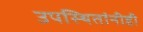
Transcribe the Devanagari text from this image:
उपस्थितांनीही